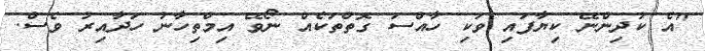
"އެ ކުދިންނޭ ކިޔާފައި ވަކި ހާއްސަ ގޮތްތަކެއް ނޯވޭ އިމްތިހާނު ހަދާއިރު ވެސް.